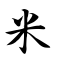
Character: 米